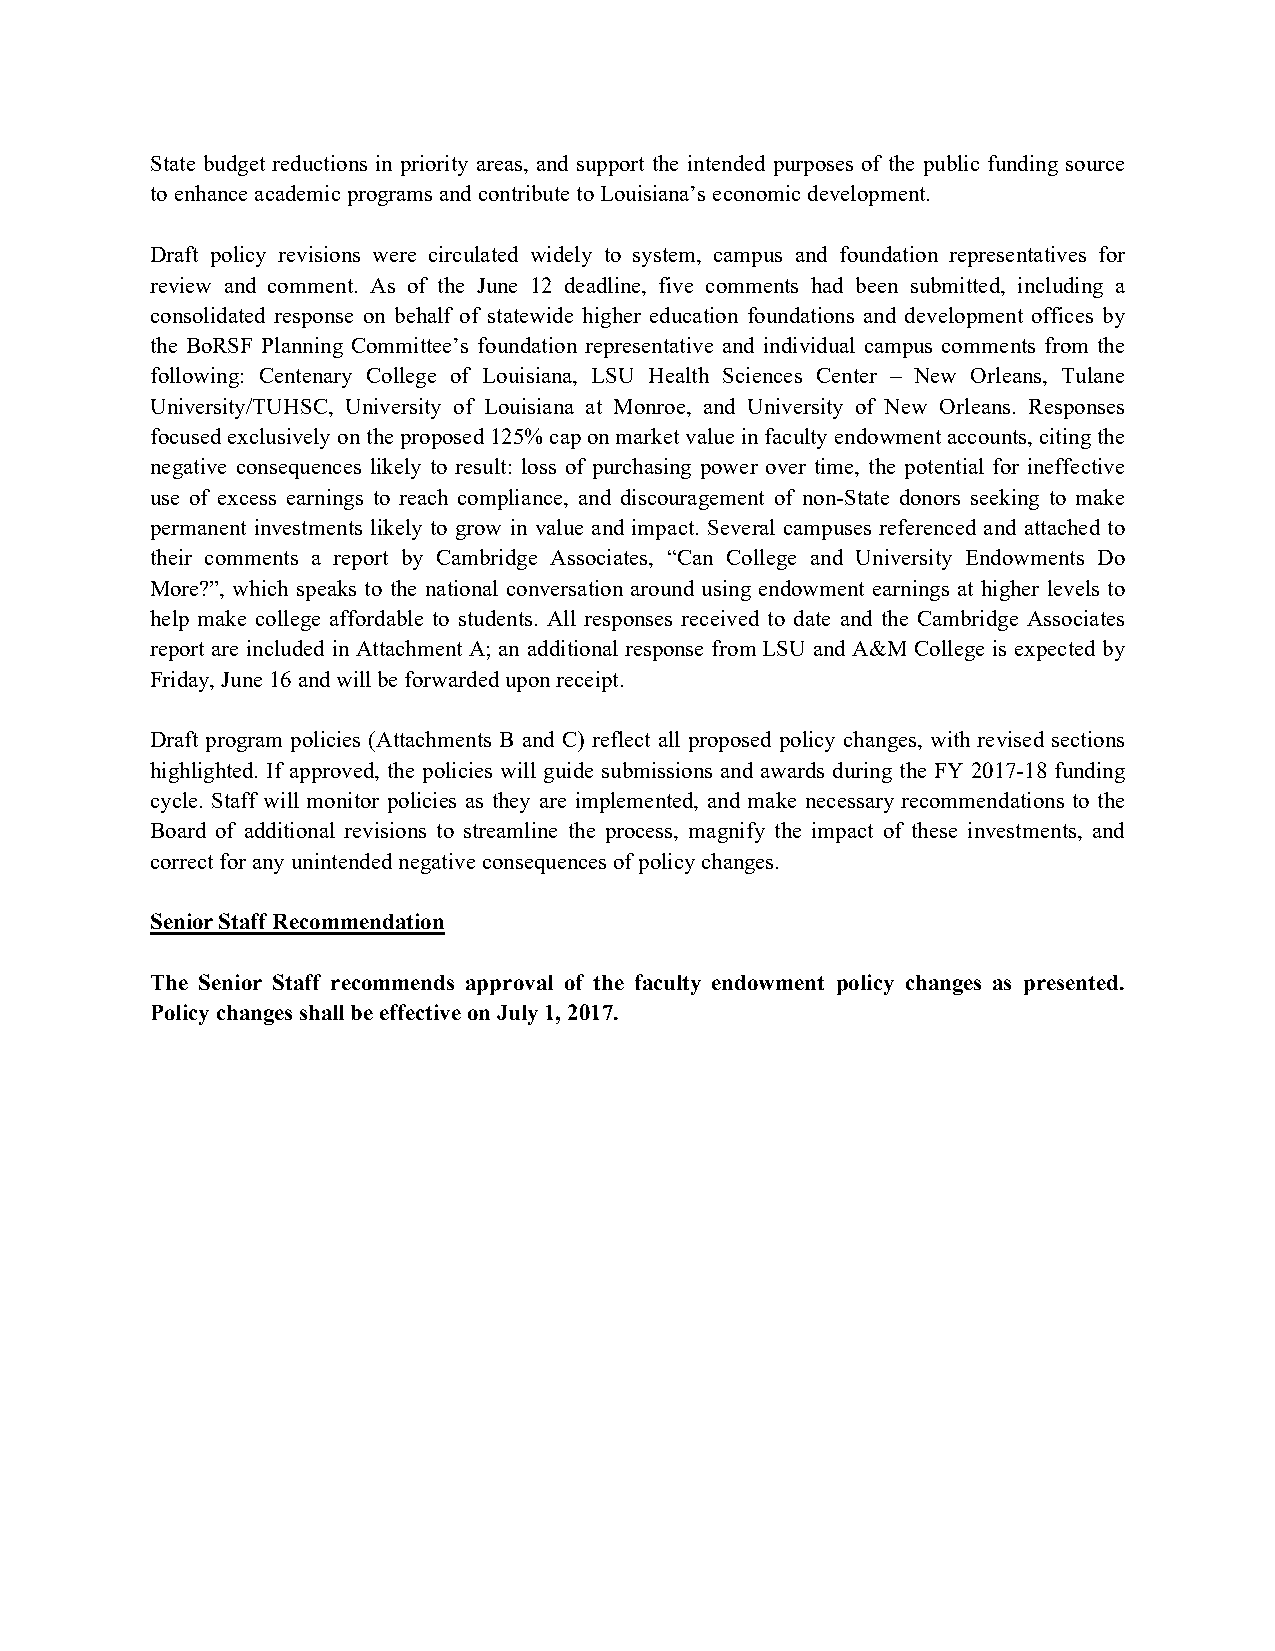
State budget reductions in priority areas, and support the intended purposes of the public funding source
 to enhance academic programs and contribute to Louisiana’s economic development.
 Draft policy revisions were circulated widely to system, campus and foundation representatives for
 review and comment. As of the June 12 deadline, five comments had been submitted, including a
 consolidated response on behalf of statewide higher education foundations and development offices by
 the BoRSF Planning Committee’s foundation representative and individual campus comments from the
 following: Centenary College of Louisiana, LSU Health Sciences Center – New Orleans, Tulane
 University/TUHSC, University of Louisiana at Monroe, and University of New Orleans. Responses
 focused exclusively on the proposed 125% cap on market value in faculty endowment accounts, citing the
 negative consequences likely to result: loss of purchasing power over time, the potential for ineffective
 use of excess earnings to reach compliance, and discouragement of non-State donors seeking to make
 permanent investments likely to grow in value and impact. Several campuses referenced and attached to
 their comments a report by Cambridge Associates, “Can College and University Endowments Do
 More?”, which speaks to the national conversation around using endowment earnings at higher levels to
 help make college affordable to students. All responses received to date and the Cambridge Associates
 report are included in Attachment A; an additional response from LSU and A&M College is expected by
 Friday, June 16 and will be forwarded upon receipt.
 Draft program policies (Attachments B and C) reflect all proposed policy changes, with revised sections
 highlighted. If approved, the policies will guide submissions and awards during the FY 2017-18 funding
 cycle. Staff will monitor policies as they are implemented, and make necessary recommendations to the
 Board of additional revisions to streamline the process, magnify the impact of these investments, and
 correct for any unintended negative consequences of policy changes.
 Senior Staff Recommendation
 The Senior Staff recommends approval of the faculty endowment policy changes as presented.
 Policy changes shall be effective on July 1, 2017.